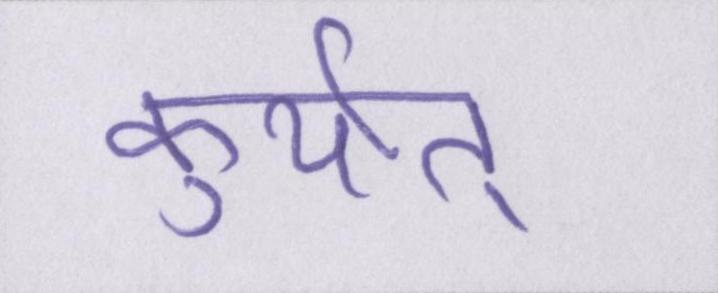
कुर्यात्